Lunatic asylums in Bengal annual reports 1888-1898 - 1888-1898
Year: 1888
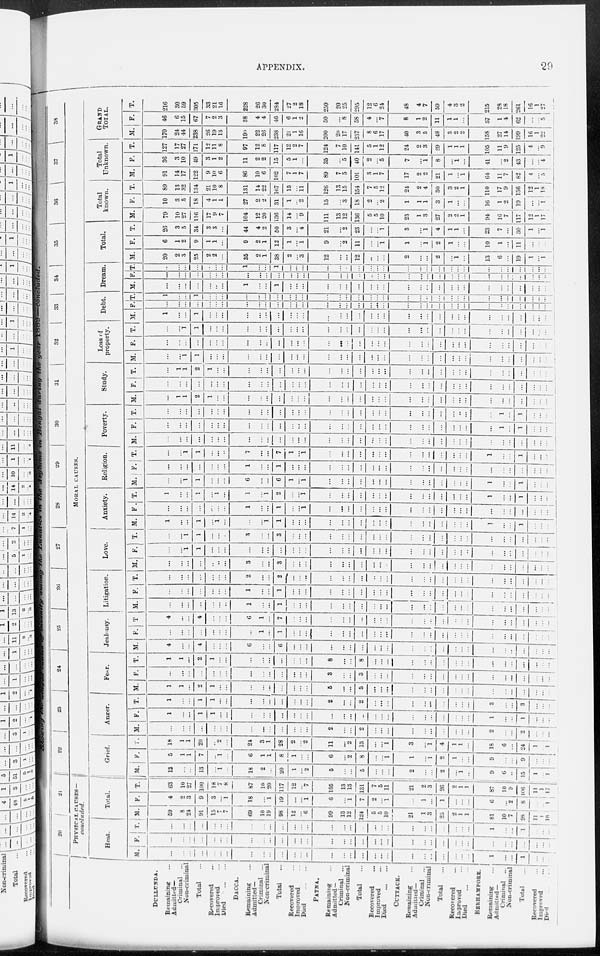
APPENDIX.
29
DULLUNDA.
Remaining ...
Admitted—
Criminal ...
Non-criminal
Total...
Recovered ...
Improved ...
Died
...
...
DACCA.
Remaining ...
Admitted—
Criminal ...
Non-criminal
Total ...
Recovered ...
Improved ...
Died
...
...
PATNA.
Remaining ...
Admitted—
Criminal ...
Non-criminal
Total
...
Recovered ...
Improved ...
Died ...
CUTTACK.
Remaining ...
Admitted—
Criminal ...
Non-criminal
Total
...
Recovered ...
Died ...
Died ... ...
BERHAMPORE.
Remaining
...
Admitted—
Criminal ... ...
Non-criminal ...
Total
...
Recovered
...
Improved ...
Died
...
20
21
PHYSICAL CAUSES—
concluded.
Beat.
M.
...
...
...
...
...
...
...
...
...
...
...
...
...
...
...
...
...
...
...
...
...
...
...
...
...
...
...
1
...
...
1
...
...
...
F.
...
...
...
...
...
...
...
...
...
...
...
...
...
...
...
...
...
...
...
...
...
...
...
...
...
...
...
...
...
...
...
...
...
...
T.
...
...
...
...
...
...
...
...
...
...
...
...
...
...
...
...
...
...
...
...
...
...
...
...
...
...
...
1
...
...
1
...
...
...
Total.
M.
59
8
24
91
15
7
7
69
10
19
98
12
...
6
99
13
12
124
5
5
10
21
1
3
25
2
1
1
81
10
7
98
11
1
16
F.
4
2
3
9
3
...
1
18
...
1
19
...
...
1
6
...
1
7
2
...
1
...
1
...
1
...
...
...
6
...
2
10
...
...
1
T.
63
10
27
100
18
7
8
87
10
20
117
12
...
7
105
13
13
131
7
5
11
21
2
3
26
2
1
1
87
10
9
106
11
1
17
22 23 24 25 26 27
28
29
30
31
32
33
34
35
36
37
38
MORAL
CAUSES.
Grief.
M.
13
...
...
13
...
1
...
18
2
...
20
1
...
2
5
...
...
5
...
...
...
2
...
...
2
...
1
...
9
6
...
15
1
...
1
F.
5
1
1
7
...
1
...
6
1
1
8
1
...
...
6
...
2
8
...
...
1
1
...
1
2
1
...
...
9
...
...
9
...
...
...
T.
18
1
1
20
...
2
...
24
3
1
28
2
...
2
11
...
2
13
...
...
1
3
...
1
4
1
1
...
18
6
...
24
1
...
1
Anger.
M.
...
...
...
...
...
...
...
...
...
...
...
...
...
...
2
...
...
2
...
...
...
...
...
...
...
...
...
...
2
...
...
2
...
...
...
F.
1
...
...
1
1
...
. ..
...
...
...
...
...
...
...
...
...
...
...
...
...
...
...
...
...
...
...
...
...
1
...
...
1
...
...
...
T.
1
...
...
1
1
...
...
...
...
... 1
...
...
...
...
2
...
...
2
...
...
...
...
...
...
...
...
...
...
3
...
...
3
...
...
...
Fear.
M.
1
1
...
2
1
...
. ..
...
...
...
...
...
...
...
5
...
...
5
...
...
...
...
...
...
...
...
...
...
...
...
...
...
...
...
...
F.
...
...
...
...
...
...
...
...
...
...
...
...
...
...
3
...
...
3
...
...
...
...
...
...
...
...
...
...
...
...
...
...
...
...
...
T.
1
1
...
2
1
...
...
...
...
...
...
...
...
...
8
...
...
8
...
...
...
...
...
...
...
...
...
...
...
...
...
...
...
...
...
Jealousy.
M.
4
...
...
4
...
...
...
6
...
...
6
...
...
...
...
...
...
...
...
...
...
...
...
...
...
...
...
...
...
...
...
...
...
...
...
F.
...
...
...
...
...
...
...
...
1
...
1
...
...
...
...
...
...
...
...
...
...
...
...
...
...
...
...
...
...
...
...
...
...
...
...
T.
4
...
...
4
...
...
...
6
1
...
7
...
...
...
...
...
...
...
...
...
...
...
...
...
...
...
...
...
...
...
...
...
...
...
...
Litigation.
M.
...
...
...
...
...
...
...
1
...
...
1
...
...
...
...
...
...
...
...
...
...
...
...
...
...
...
...
...
...
...
...
...
...
...
...
F.
...
...
...
...
...
...
...
1
...
...
1
...
...
...
...
...
...
...
...
...
...
...
...
...
...
...
...
...
...
...
...
...
...
...
...
T.
...
...
...
...
...
...
...
2
...
...
2
...
...
...
...
...
...
...
...
...
...
...
...
...
...
...
...
...
...
...
...
...
...
...
...
Love.
M.
...
...
...
...
...
...
...
3
...
...
3
...
...
...
...
...
. ..
. ..
...
...
...
...
...
. ..
...
...
...
. ..
...
...
...
...
...
...
...
F.
...
...
1
1
...
...
...
...
...
...
...
...
...
...
...
...
...
...
...
...
...
...
...
...
...
...
...
...
...
...
...
...
...
...
T.
...
...
1
1
...
...
...
3
...
...
3
...
...
...
...
...
...
...
...
...
...
...
...
. ..
...
...
...
...
...
...
...
...
...
...
...
Anxiety.
M.
1
...
...
1
...
1
...
...
...
1
1
...
...
...
...
...
...
...
...
...
...
...
...
...
...
...
...
...
...
...
...
1
...
...
...
F.
...
...
...
...
.. .
...
...
1
...
...
1
...
1
...
...
...
...
...
...
...
...
...
...
...
...
...
...
...
...
...
...
...
...
...
T.
1
...
...
1
...
1
...
1
...
1
2
...
...
1
...
...
...
...
...
...
...
...
...
...
...
...
...
...
1
...
...
1
...
...
...
Religion.
M.
...
...
1
1
...
. ..
...
6
...
...
6
1
...
1
...
...
...
...
...
...
...
...
...
...
...
...
...
...
1
...
...
1
...
...
...
F.
...
...
...
...
...
. ..
...
1
...
...
1
...
...
...
...
...
...
...
...
...
...
...
...
...
...
...
...
...
...
...
...
...
...
...
...
T.
...
...
1
1
...
...
..
7
...
...
7
1
...
1
...
...
...
...
...
...
...
...
...
...
...
...
...
...
1
...
...
1
...
...
...
Poverty.
M.
...
...
...
...
...
...
...
...
...
...
...
...
...
...
...
...
...
...
...
...
...
...
...
...
...
...
... ...
...
...
...
...
...
...
...
F.
...
...
...
...
...
...
...
...
...
...
...
...
...
...
...
...
...
...
...
...
...
...
...
...
...
...
...
...
...
1
...
1
...
...
...
T.
...
...
...
...
...
...
...
...
...
...
...
...
...
...
...
...
...
...
...
...
...
...
...
...
...
...
...
...
...
1
1
...
...
...
Study.
M.
...
1
1
2
1
...
...
...
...
...
...
...
...
...
...
...
...
...
...
...
...
...
...
...
...
...
...
...
...
...
...
...
...
...
...
F.
...
...
...
...
...
...
...
...
...
...
...
...
...
...
...
...
...
...
...
...
...
...
...
...
...
...
...
...
...
...
. ..
...
...
...
...
T.
...
1
1
2
1
...
...
...
...
...
...
...
...
...
...
...
...
...
...
...
...
...
...
...
...
...
...
...
...
...
...
...
...
...
Loss of
property.
M.
...
...
1
1
...
. ..
...
...
...
...
...
...
...
...
...
...
...
...
...
...
...
...
...
...
...
...
...
...
...
...
...
...
...
...
...
F.
. ..
. ..
...
...
...
...
...
...
...
...
...
...
...
...
...
...
...
...
...
...
...
...
...
...
...
...
...
...
...
...
...
...
...
...
...
T.
...
...
1
1
...
...
...
...
...
...
...
...
...
...
...
...
...
...
...
...
...
...
...
...
...
. ..
...
...
...
...
...
...
...
...
...
Debt.
M.
1
...
...
1
...
...
...
...
...
...
...
...
...
...
...
...
...
...
...
...
...
...
...
...
...
...
...
...
...
...
...
...
...
...
...
F.
...
...
...
...
...
...
...
...
...
...
...
...
...
...
...
...
...
...
...
...
...
...
...
...
...
...
...
...
...
...
...
...
...
...
...
T.
1
...
...
1
...
...
...
...
...
...
...
...
...
...
...
...
...
...
...
...
...
...
...
...
...
...
...
...
...
...
...
...
...
...
...
Dream.
M.
...
...
...
...
...
..
...
1
...
...
1
...
...
...
...
...
...
...
...
...
...
...
...
...
...
...
...
...
...
...
...
...
...
...
...
F.
...
...
...
...
...
...
...
...
...
...
...
...
...
...
...
...
...
...
...
...
...
...
...
...
...
...
...
...
...
...
...
...
...
...
...
T.
...
...
...
...
...
...
...
1
...
1
...
...
...
...
...
...
...
...
...
...
...
...
...
...
...
...
...
...
...
...
...
...
...
...
Total.
M.
20
2
3
25
2
2
...
35
2
1
38
2
...
3
12
...
...
12
...
...
...
2
...
...
2
...
1
...
13
6
...
19
1
...
1
F.
6
1
2
9
1
1
...
9
2
1
13
1
...
1
9
...
2
11
...
. ..
1
1
1
2
1
...
10
1
...
11
...
...
...
T.
26
3
5
34
3
3
...
44
4
2
50
3
...
4
21
...
2
23
...
. ..
1
3
1
4
1
1
...
23
7
...
30
1
...
1
Total
known.
M.
79
10
27
116
17
9
7
104
12
20
136
14
...
9
111
13
12
136
5
5
10
23
1
3
27
2
2
1
94
16
7
117
12
1
17
F.
10
3
5
18
4
1
1
27
2
2
31
1
...
2
15
...
3
18
2
...
2
1
1
1
3
1
...
...
T.
89
13
32
134
21
10
8
131
14
22
167
15
...
11
126
13
15
154
7
5
12
24
2
4
30
3
2
1
16 110
1
2
19
...
...
1
17
9
36
12
1
18
Total
Unknown.
M.
91
14
17
122
9
10
6
86
10
6
102
7
1
7
89
7
5
101
3
1
7
17
2
2
21
1
...
1
64
11
7
82
4
...
5
F.
36
3
10
49
3
1
2
11
2
2
15
5
1
...
35
...
5
40
2
...
5
7
...
1
8
...
1
...
41
...
2
43
...
...
4
T.
127
17
27
171
12
11
GRAND
TOTAL.
M.
170
24
44
238
26
19
8 13
97
12
8
117
12
2
7
124
7
10
141
5
1
12
24
2
3
29
1
1
1
105
11
9
125
4
...
9
190
22
26
238
21
1
16
200
20
17
237
8
6
17
40
3
5
48
3
2
2
158
27
14
199
16
1
22
F.
46
6
15
67
7
2
3
38
4
4
46
6
1
2
50
...
8
58
4
...
7
8
1
2
11
1
1
...
57
1
4
62
...
...
5
T.
216
30
69
305
33
21
16
228
26
30
284
27
2
18
250
20
25
295
12
6
24
48
4
7
59
4
3
2
215
28
18
261
16
1
27